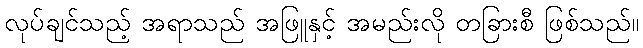
လုပ်ချင်သည့် အရာသည် အဖြူနှင့် အမည်းလို တခြားစီ ဖြစ်သည်။